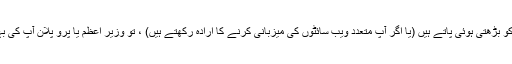
اگر آپ اپنے آپ کو بڑھتی ہوئی پاتے ہیں (یا اگر آپ متعدد ویب سائٹوں کی میزبانی کرنے کا ارادہ رکھتے ہیں) ، تو وزیر اعظم یا پرو پلان آپ کی بہترین شرط ہوگی۔